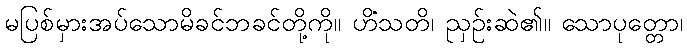
မပြစ်မှားအပ်သောမိခင်ဘခင်တို့ကို။ ဟိံသတိ၊ ညှဉ်းဆဲ၏။ သောပုတ္တော၊